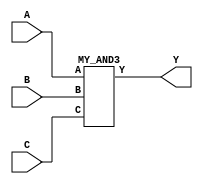
module top (A, B, C, Y);
    input    A, B, C;
    output   Y;

   MY_AND3 inst_t1 (.A(A), .B(B), .C(C), .Y(Y) );

endmodule

module MY_AND3 (A, B, C, Y);
    input    A, B, C;
    output   Y;

//   MY_AND2 inst_a1 (.A(A), .B(B), .Y(\\\\SUM/N10) ); // will not read
   MY_AND2 inst_a1 (.A(A), .B(B), .Y( \\\\SUM/N10 ) ); // needs whitespaces around net name
   MY_AND2 inst_a2 (.A(C), .B( \\\\SUM/N10 ), .Y(Y) );

endmodule

module MY_AND2 (A, B, Y);
    input     A, B;
    output    Y;

assign Y = A & B;

endmodule